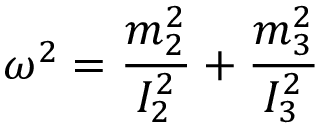
{ \boldsymbol \omega } ^ { 2 } = \frac { m _ { 2 } ^ { 2 } } { I _ { 2 } ^ { 2 } } + \frac { m _ { 3 } ^ { 2 } } { I _ { 3 } ^ { 2 } }